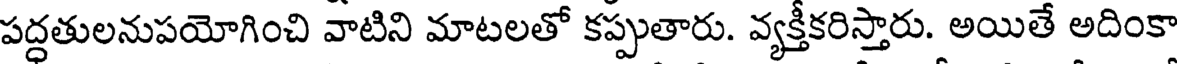
పద్ధతులనుపయోగించి వాటిని మాటలతో కప్పుతారు. వ్యక్తీకరిస్తారు. అయితే అదింకా